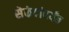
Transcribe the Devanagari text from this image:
सेकंदांपर्यंत